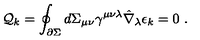
{ \cal Q } _ { k } = \oint _ { \partial \Sigma } d \Sigma _ { \mu \nu } \gamma ^ { \mu \nu \lambda } \hat { \nabla } _ { \lambda } \epsilon _ { k } = 0 \ .